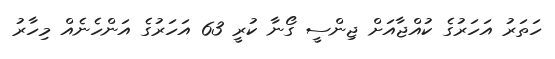
ހަތަރު އަހަރުގެ ކުއްޖާއަށް ޖިންސީ ގޯނާ ކުރީ 63 އަހަރުގެ އަންހެނެއް މިހާރު